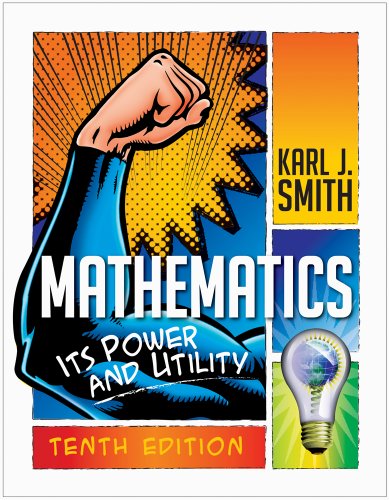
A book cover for Mathematics: Its Power and Utility; Karl J. Smith; Science & Math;